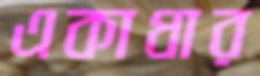
একাধার